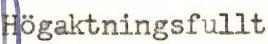
Högaktningsfullt